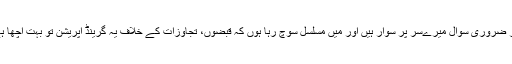
اس قسم کے لاتعداد، فضول، بے تکے، غیر ضروری سوال میرےسر پر سوار ہیں اور میں مسلسل سوچ رہا ہوں کہ قبضوں، تجاوزات کے خلاف یہ گرینڈ آپریشن تو بہت اچھا ہے لیکن اس کا منطقی حتمی نتیجہ کیا ہوگا؟